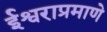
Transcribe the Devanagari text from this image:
ईश्वराप्रमाणे